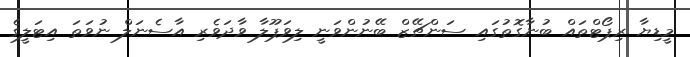
މީޑިޔާ ރިޕޯޓްތައް ބުނާގޮތުގައި ސަންޗޭޒް ބޭނުންވަނީ ލިވަޕޫލާ ވާދަވެރި އާސެނަލް ނުވަތަ އިޓަލީގެ